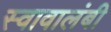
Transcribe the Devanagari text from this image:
स्वावालंबी